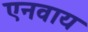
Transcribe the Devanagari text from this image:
एनवाय